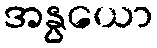
အနွယော